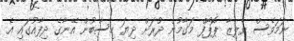
ނަމަވެސް ވެލިޒާ ޕޮޕޯފް މަގާމުން ދުރަށް ދިޔަ ހިސާބުން އޭނާގެ ދިފާއުގައި އެ